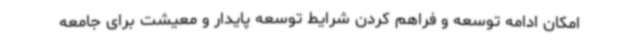
امکان ادامه توسعه و فراهم کردن شرایط توسعه پایدار و معیشت برای جامعه